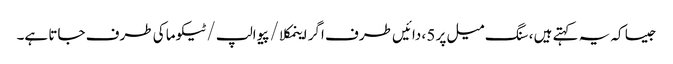
جیسا کہ یہ کہتے ہیں ، سنگ میل پر 5 ، دائیں طرف اگر اینمکلا / پیوالپ / ٹیکوما کی طرف جاتا ہے۔